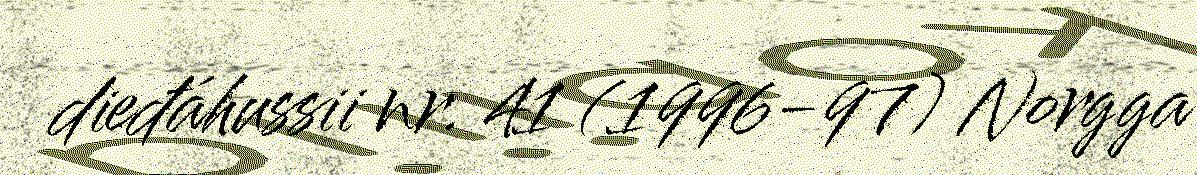
dieđáhussii nr. 41 (1996-97) Norgga